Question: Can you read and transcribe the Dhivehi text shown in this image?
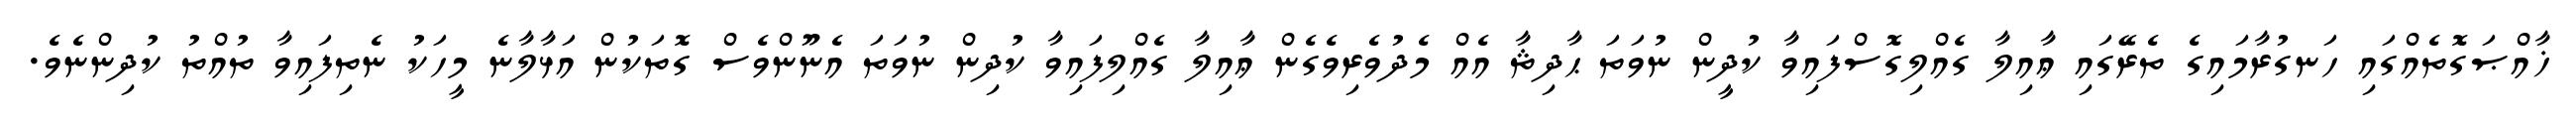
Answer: ޚާއްޞަގޮތެއްގައި ހަނގުރާމައިގެ ތެރޭގައި ޢާއިލާ ގެއްލިގޮސްފައިވާ ކުދީން ނުވަތަ ޙާދިޘާ އެއް މެދުވެރިވެގެން ޢާއިލާ ގެއްލިފައިވާ ކުދިން ނުވަތަ އެނޫންވެސް ގޮތަކުން އަޅާލާނެ މީހަކު ނެތިފައިވާ ތުއްތު ކުދިންނެވެ.